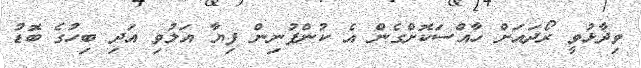
ވިދާޅުވީ ރޯދައަށް ހާއްސަކޮށްގެން އެ ކުންފުނިން ފިޔާ އަލުވި އަދި ބިހުގެ ބޮޑު